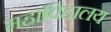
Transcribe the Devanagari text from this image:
महाविद्दालय